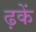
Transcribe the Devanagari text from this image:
ढ़कें